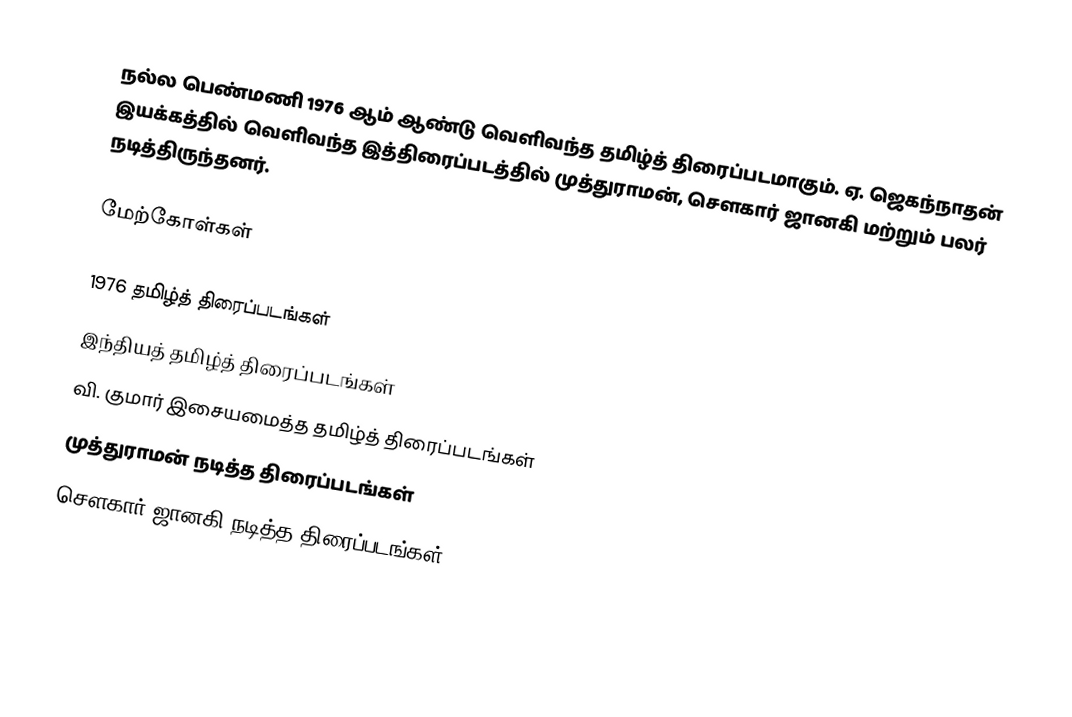
நல்ல பெண்மணி 1976 ஆம் ஆண்டு வெளிவந்த தமிழ்த் திரைப்படமாகும். ஏ. ஜெகந்நாதன் இயக்கத்தில் வெளிவந்த இத்திரைப்படத்தில் முத்துராமன், சௌகார் ஜானகி மற்றும் பலர் நடித்திருந்தனர்.

மேற்கோள்கள்

1976 தமிழ்த் திரைப்படங்கள்
இந்தியத் தமிழ்த் திரைப்படங்கள்
வி. குமார் இசையமைத்த தமிழ்த் திரைப்படங்கள்
முத்துராமன் நடித்த திரைப்படங்கள்
சௌகார் ஜானகி நடித்த திரைப்படங்கள்